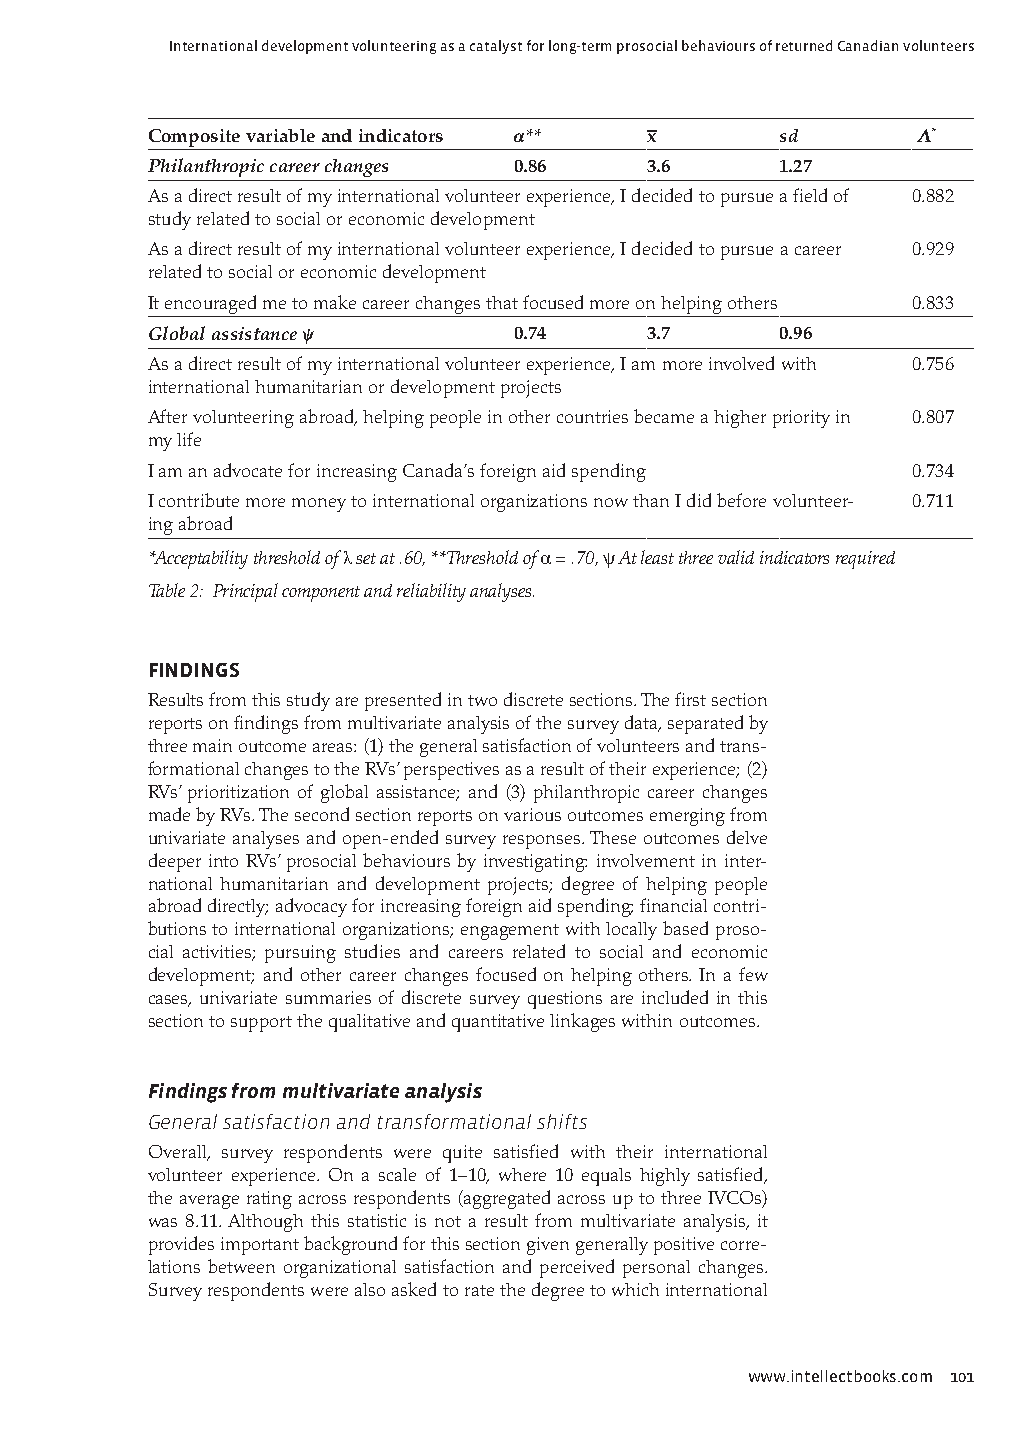
International development volunteering as a catalyst for long-term prosocial behaviours of returned Canadian volunteers
 Composite variable and indicators α** x̅  sd       Λ*
 Philanthropic career changes 0.86 3.6     1.27
 As a direct result of my international volunteer experience, I decided to pursue a field of 0.882
 study related to social or economic development
 As a direct result of my international volunteer experience, I decided to pursue a career 0.929
 related to social or economic development
 It encouraged me to make career changes that focused more on helping others 0.833
 Global assistance ѱ     0.74     3.7      0.96
 As a direct result of my international volunteer experience, I am more involved with 0.756
 international humanitarian or development projects
 After volunteering abroad, helping people in other countries became a higher priority in 0.807
 my life
 I am an advocate for increasing Canada’s foreign aid spending 0.734
 I contribute more money to international organizations now than I did before volunteer- 0.711
 ing abroad
 *Acceptability threshold of λ set at .60, **Threshold of α = .70, ѱ At least three valid indicators required
 Table 2: Principal component and reliability analyses.
 FINDINGS
 Results from this study are presented in two discrete sections. The first section
 reports on findings from multivariate analysis of the survey data, separated by
 three main outcome areas: (1) the general satisfaction of volunteers and trans-
 formational changes to the RVs’ perspectives as a result of their experience; (2)
 RVs’ prioritization of global assistance; and (3) philanthropic career changes
 made by RVs. The second section reports on various outcomes emerging from
 univariate analyses and open-ended survey responses. These outcomes delve
 deeper into RVs’ prosocial behaviours by investigating: involvement in inter-
 national humanitarian and development projects; degree of helping people
 abroad directly; advocacy for increasing foreign aid spending; financial contri-
 butions to international organizations; engagement with locally based proso-
 cial activities; pursuing studies and careers related to social and economic
 development; and other career changes focused on helping others. In a few
 cases, univariate summaries of discrete survey questions are included in this
 section to support the qualitative and quantitative linkages within outcomes.
 Findings from multivariate analysis
 General satisfaction and transformational shifts
 Overall, survey respondents were quite satisfied with their international
 volunteer experience. On a scale of 1–10, where 10 equals highly satisfied,
 the average rating across respondents (aggregated across up to three IVCOs)
 was 8.11. Although this statistic is not a result from multivariate analysis, it
 provides important background for this section given generally positive corre-
 lations between organizational satisfaction and perceived personal changes.
 Survey respondents were also asked to rate the degree to which international
 www.intellectbooks.com 101